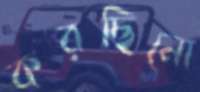
করছিনো